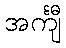
အင်္ကျီ